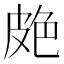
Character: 𦫗